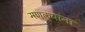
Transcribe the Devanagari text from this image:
मणक्यांना